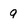
Character: 9